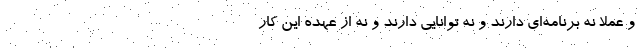
و عملاً نه برنامه‌ای دارند و نه توانایی دارند و نه از عهده این کار